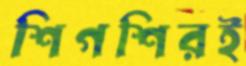
শিগশিরই